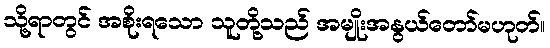
သို့ရာတွင် အစိုးရသော သူတို့သည် အမျိုးအနွယ်တော်မဟုတ်။